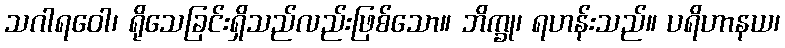
သဂါရဝေါ၊ ရိုသေခြင်းရှိသည်လည်းဖြစ်သော။ ဘိက္ခု၊ ရဟန်းသည်။ ပရိဟာနယ၊